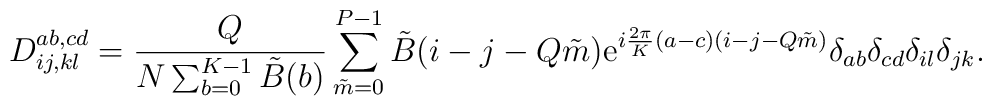
D_{ij,kl}^{ab,cd}={Q\over N\sum_{b=0}^{K-1}\tilde{B}(b)}\sum_{\tilde{m}=0}^{P-1}\tilde{B}(i-j-Q\tilde{m}) {\rm e}^{i{2\pi \over K}(a-c)(i-j-Q\tilde{m})} \delta_{ab}\delta_{cd}\delta_{il}\delta_{jk}.